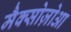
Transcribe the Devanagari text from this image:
मैक्सोज़ोआ